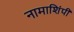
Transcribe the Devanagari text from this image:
नामाशिंपी